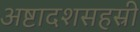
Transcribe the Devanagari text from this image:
अष्टादशसहस्री